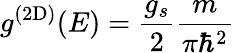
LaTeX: g^{(2\mathrm{D})}(E)={\frac{g_{s}}{2}}{\frac{m}{\pi\hbar^{2}}}